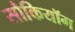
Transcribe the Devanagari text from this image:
सौकियॉग